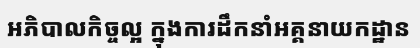
អភិបាលកិច្ចល្អ ក្នុងការដឹកនាំអគ្គនាយកដ្ឋាន